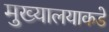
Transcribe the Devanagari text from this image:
मुख्यालयाकडे